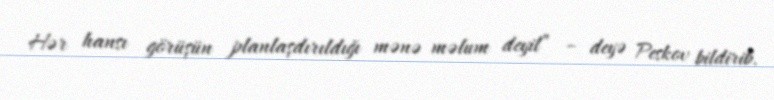
Hər hansı görüşün planlaşdırıldığı mənə məlum deyil” – deyə Peskov bildirib.